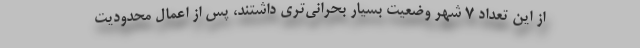
از این تعداد ۷ شهر وضعیت بسیار بحرانی‌تری داشتند، پس از اعمال محدودیت